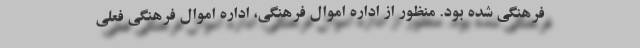
فرهنگی شده بود. منظور از اداره اموال فرهنگی، اداره اموال فرهنگی فعلی